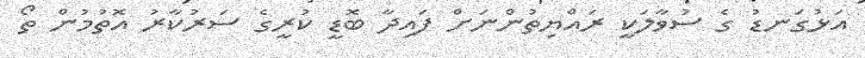
އަޅުގަނޑު ގެ ސުވާލަކީ ރައްޔިތުންނަށް ފައިދާ ބޮޑީ ކުރީގެ ސަރުކާރު އޮތުމުން ތޯ